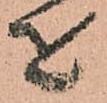
を